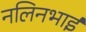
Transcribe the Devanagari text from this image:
नलिनभाई